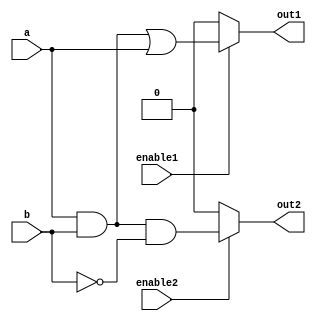
module combinational_logic (
    input wire a,          // Input signal a
    input wire b,          // Input signal b
    input wire enable1,    // Enable signal for output1
    input wire enable2,    // Enable signal for output2
    output wire out1,      // Output signal 1
    output wire out2       // Output signal 2
);

// Shared logic block
wire common_logic;

// Example of common logic: AND operation
assign common_logic = a & b;

// Output logic for out1
assign out1 = enable1 ? (common_logic | a) : 1'b0; // Example: OR with a when enabled

// Output logic for out2
assign out2 = enable2 ? (common_logic & ~b) : 1'b0; // Example: AND with NOT b when enabled

endmodule